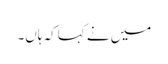
میں نے کہا کہ ہاں۔